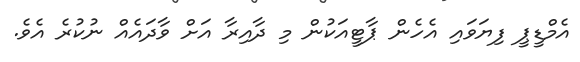
އެމްޑީޕީ ފިޔަވައި އެހެން ޕާޓީއަކުން މި ދާއިރާ އަށް ވާދައެއް ނުކުރެ އެވެ.